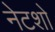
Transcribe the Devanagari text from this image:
नेटशो